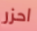
احزر